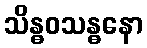
သိန္ဓဝသန္ဓနော